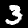
Digit: 3